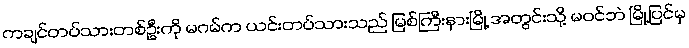
ကချင်တပ်သားတစ်ဦးကို မဂမ်က ယင်းတပ်သားသည် မြစ်ကြီးနားမြို့ အတွင်းသို့ မဝင်ဘဲ မြို့ပြင်မှ